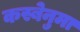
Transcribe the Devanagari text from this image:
कस्बेनुमा